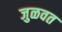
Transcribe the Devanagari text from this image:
जुळवत